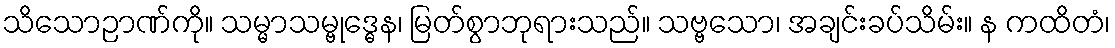
သိသောဉာဏ်ကို။ သမ္မာသမ္ဗုဒ္ဓေန၊ မြတ်စွာဘုရားသည်။ သဗ္ဗသော၊ အချင်းခပ်သိမ်း။ န ကထိတံ၊